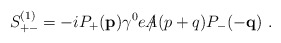
\begin{align*}S_{+-}^{(1)}=-iP_{+}({\bf p})\gamma^0e\,\slash\!\!\!\!A(p+q)P_{-}(-{\bf q})\,\,.\end{align*}